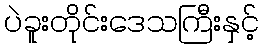
ပဲခူးတိုင်းဒေသကြီးနှင့်